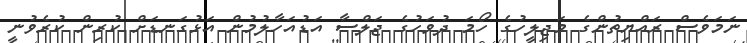
ނަމަވެސް ރައްޔިތުންގެ މަޖިލީހުގެ ހޯމަ ދުވަހުގެ ޖަލްސާ އަޑުއަހާލުމުން އަޅުގަނޑަށް ކުރިން ކުރެވުނީ